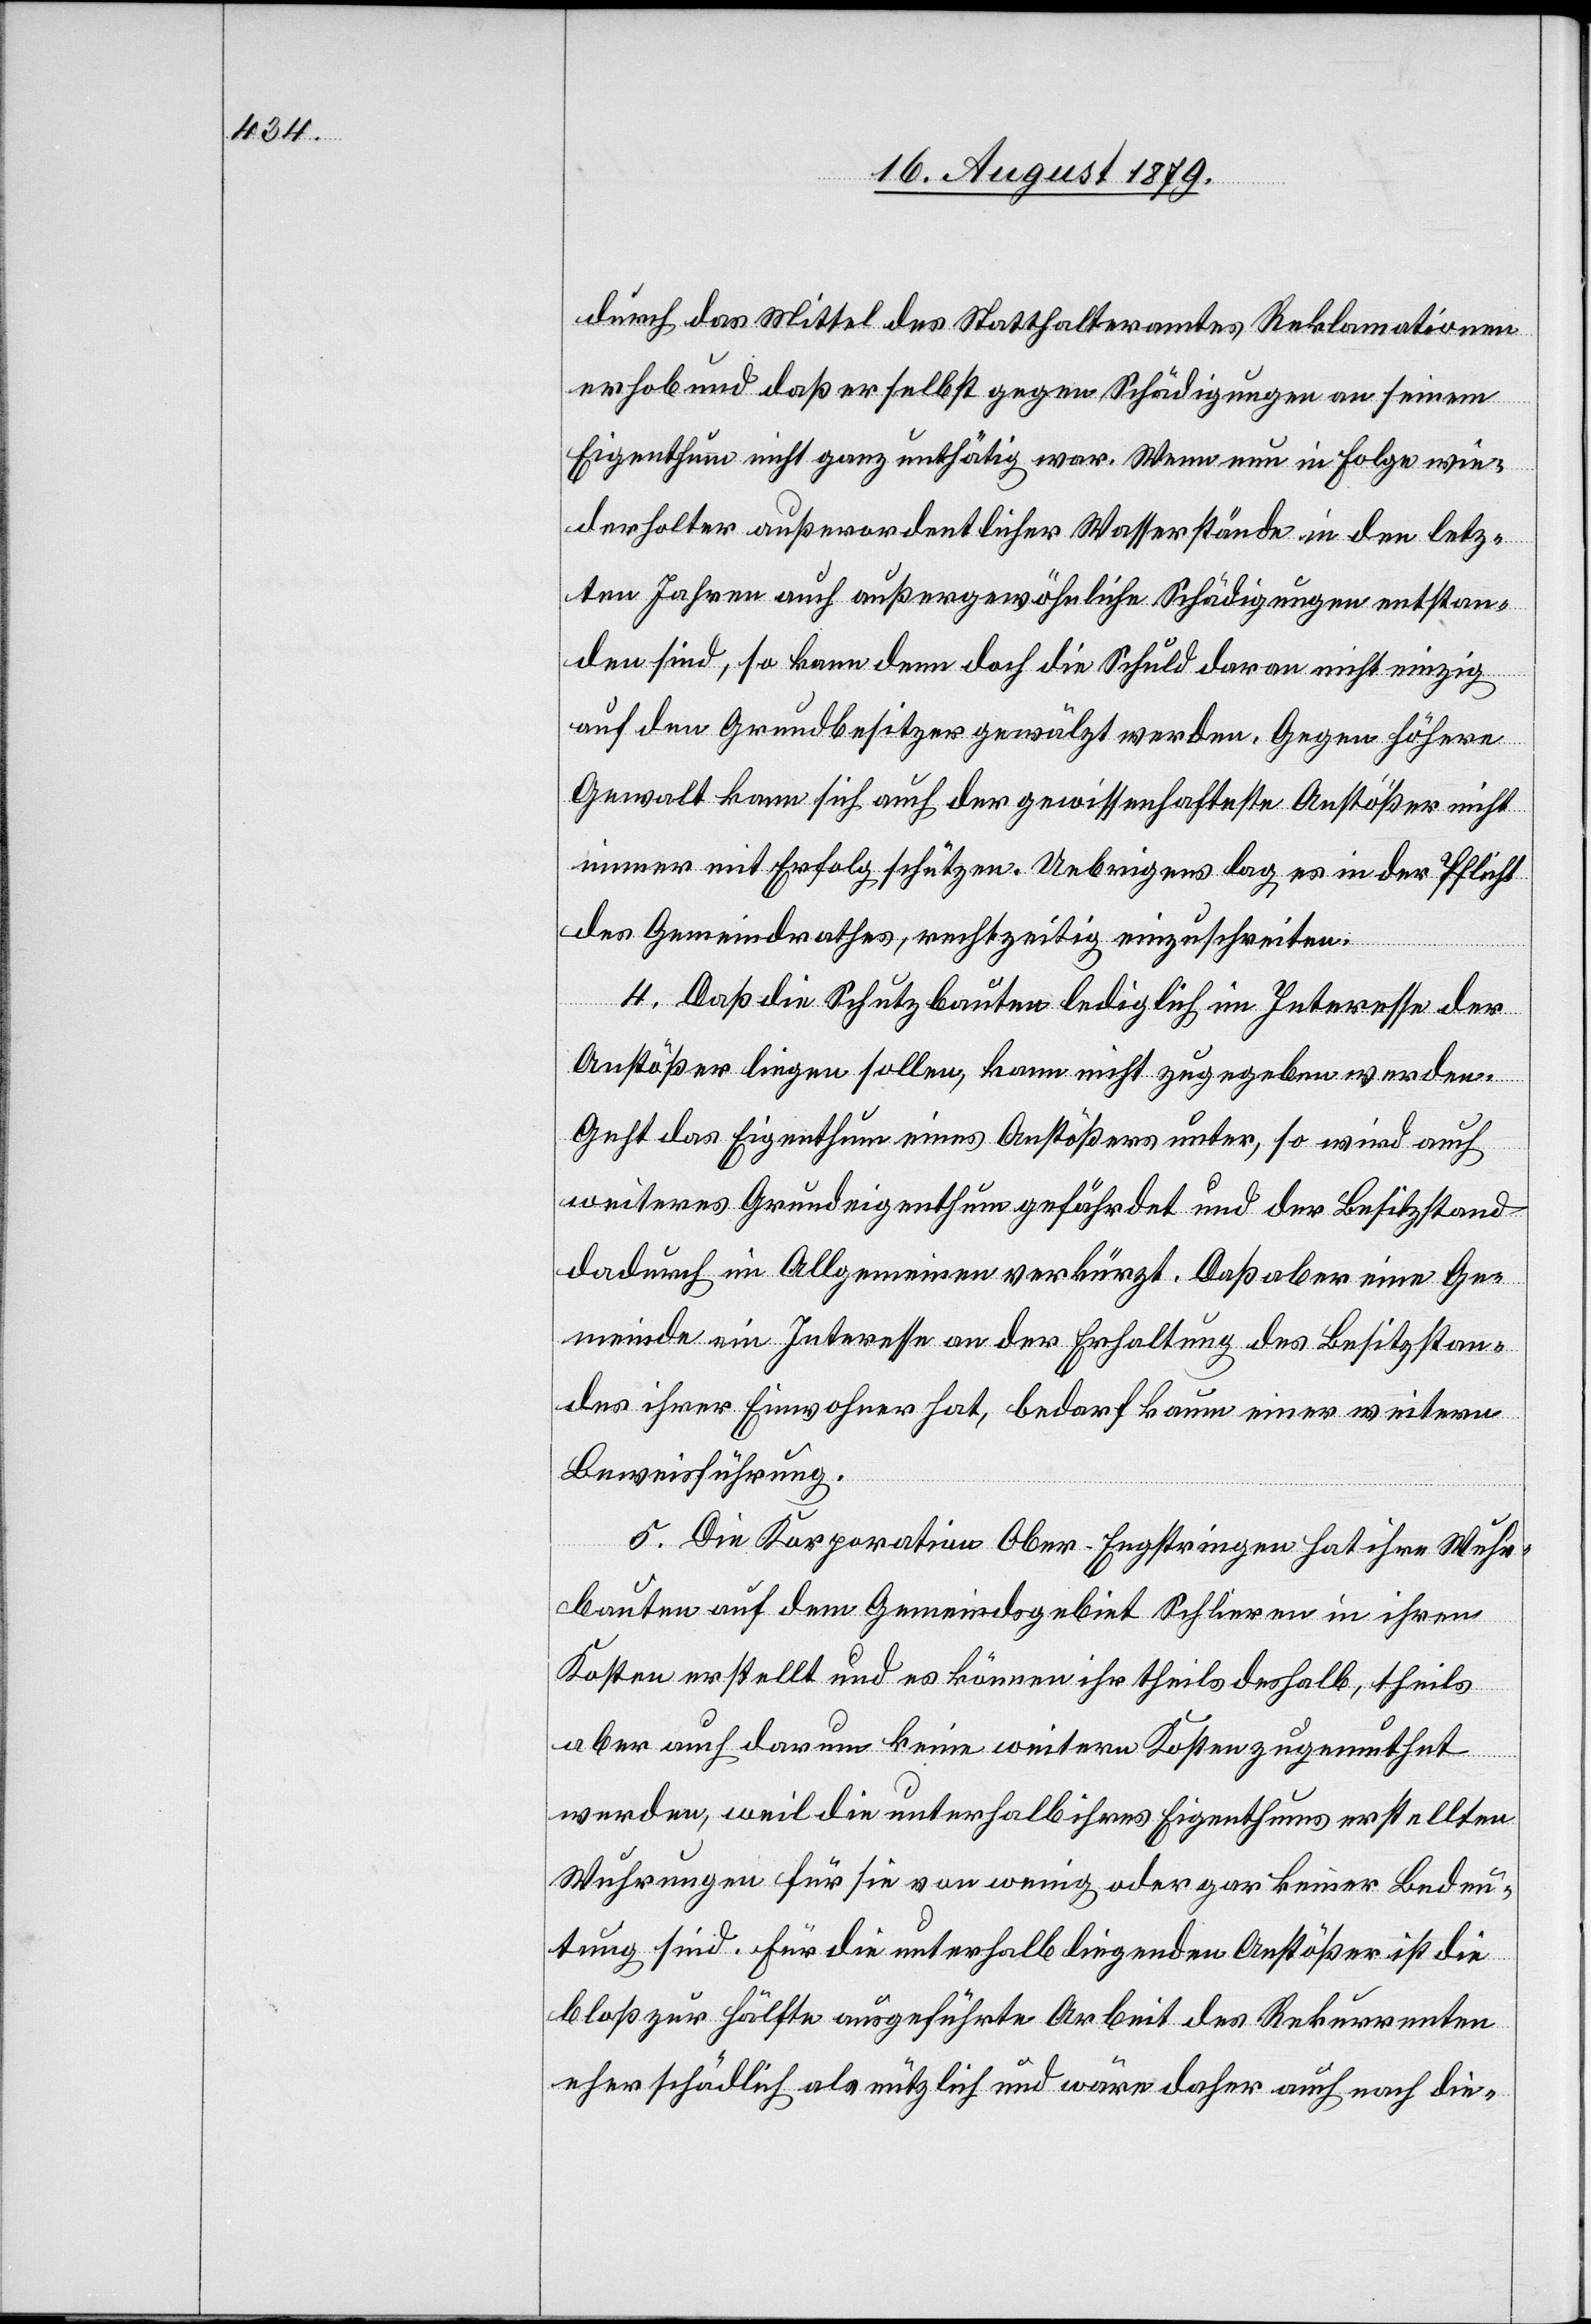
durch das Mittel des Statthalteramtes Reklamationen
erhob und daß er selbst gegen Schädigungen an seinem
Eigenthum nicht ganz unthätig war. Wenn nun in Folge wie¬
derholter außerordentlicher Wasserstände in den letz¬
ten Jahren auch außergewöhnliche Schädigungen entstan¬
den sind, so kann denn doch die Schuld daran nicht einzig
auf den Grundbesitzer gewälzt werden. Gegen höhere
Gewalt kann sich auch der gewissenhafteste Anstößer nicht
immer mit Erfolg schützen. Uebrigens lag es in der Pflicht
des Gemeindrathes, rechtzeitig einzuschreiten.
4. Daß die Schutzbauten lediglich im Interesse der
Anstößer liegen sollen, kann nicht zugegeben werden.
Geht das Eigenthum eines Anstößers unter, so wird auch
weiteres Grundeigenthum gefährdet und der Besitzstand
dadurch im Allgemeinen verkürzt. Daß aber eine Ge¬
meinde ein Interesse an der Erhaltung des Besitzstan¬
des ihrer Einwohner hat, bedarf kaum einer weitern
Beweisführung.
5. Die Korporation Ober-Engstringen hat ihre Wuhr¬
bauten auf dem Gemeindsgebiet Schlieren in ihren
Kosten erstellt und es können ihr theils deshalb, theils
aber auch darum keine weitern Kosten zugemuthet
werden, weil die unterhalb ihres Eigenthums erstellten
Wuhrungen für sie von wenig oder gar keiner Bedeu¬
tung sind. Für die unterhalb liegenden Anstößer ist die
bloß zur Hälfte ausgeführte Arbeit des Rekurrenten
eher schädlich als nützlich und wäre daher auch nach die-